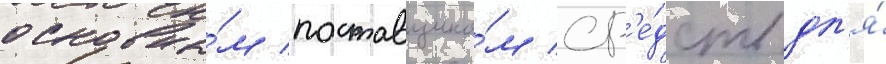
основны́м поставщико́м ср'е́дств дл'я́